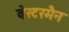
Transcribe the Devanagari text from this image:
वेस्टरमैन